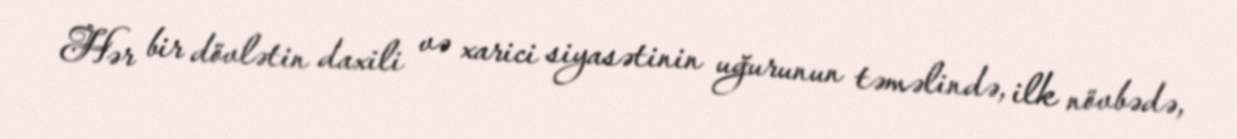
Hər bir dövlətin daxili və xarici siyasətinin uğurunun təməlində, ilk növbədə,